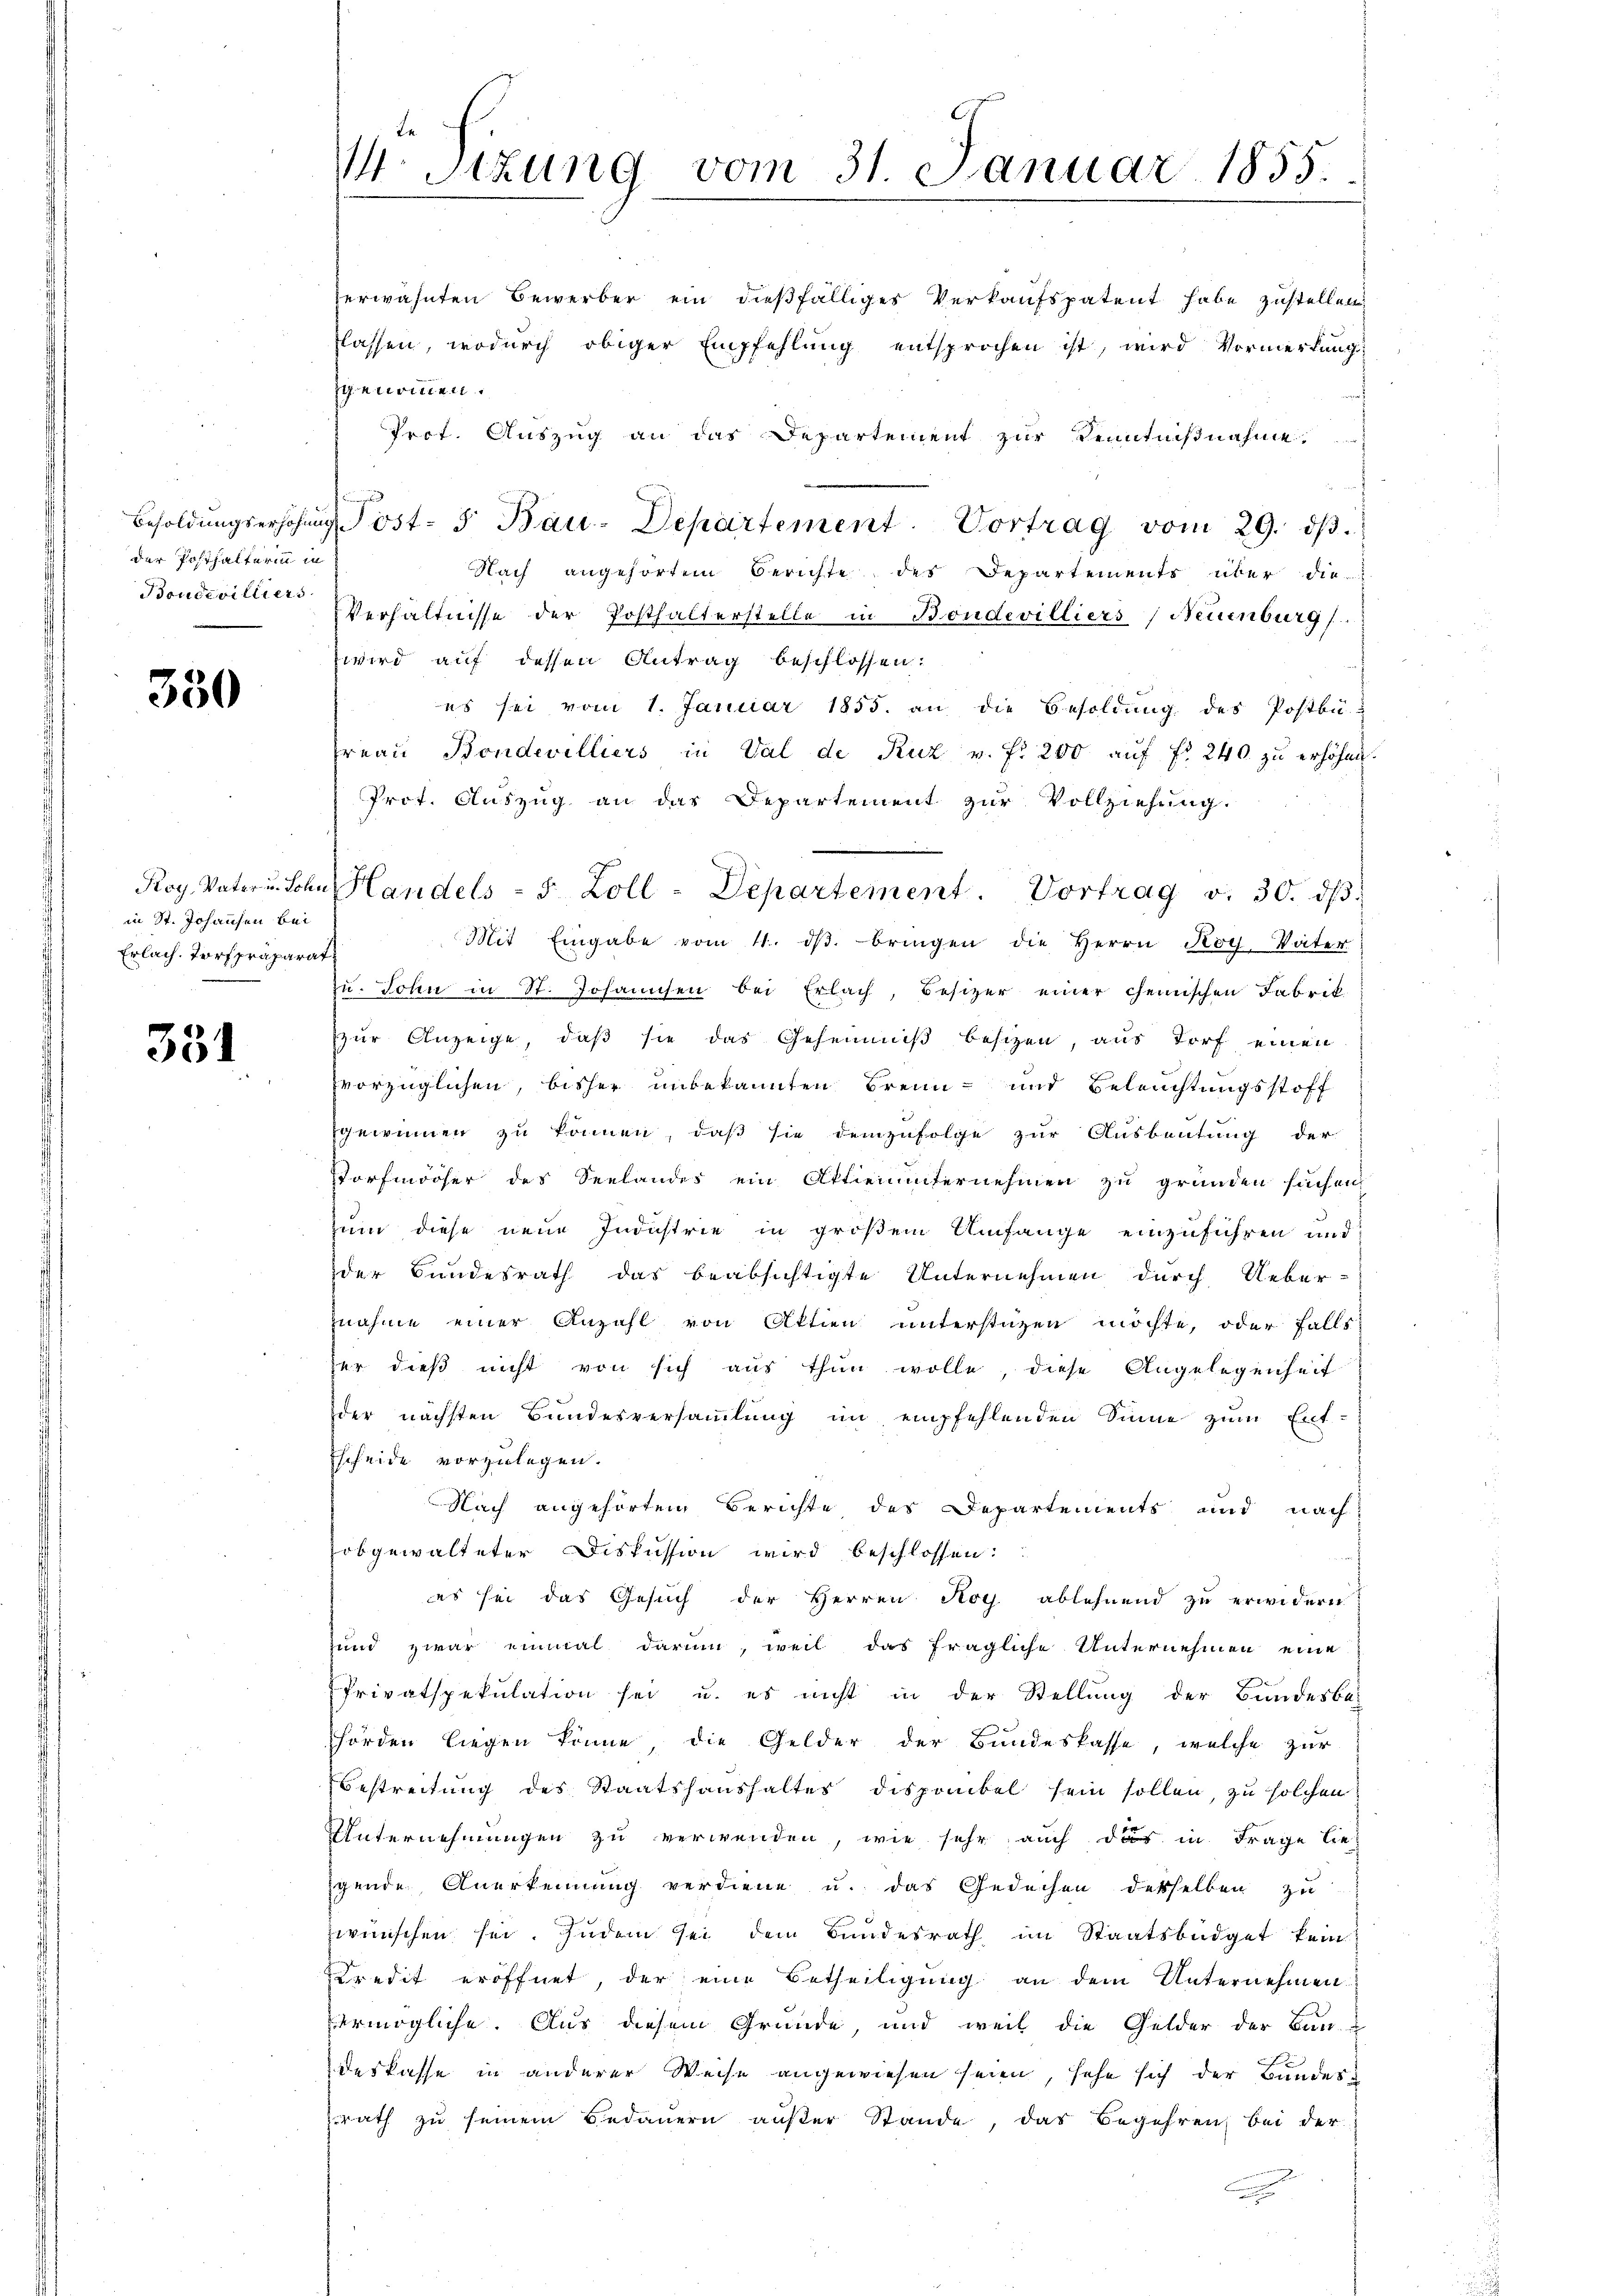
der Posthalterinn in
Boudevilliers.

350

in St. Johansen bei
Erlach, Torfpräparat

351

Sizung vom 31. Januar 1855

herwähnten Bewerber ein dießfälliges Verkaufspatent habe zustellen
flassen, wodurch obiger Empfehlung entsprochen ist, wird Vormerkung
zgenommen.
Prot. Auszug an das Departement zur Kenntnißnahme.
Besoldŭngserhöhung Post- 5 Bau-Departement. Vortrag vom 29. dβ.
Nach angehörtem Berichte des Departements über die
Verhältnisse der Posthalterstelle in Bondevilliers (Neuenburg.
wird auf dessen Antrag beschlossen:
es sei vom 1. Januar 1855. an die Besoldŭng des Postbü-
Freau Bondevilliers in Val de Ruz v. fr. 200 aŭf fr. 240. zŭ erhöhen.
Prot. Auszug an das Departement zur Vollziehung.
Mit Eingabe vom 11. dβ. bringen die Herrn Koy. Vater
zu. John in St. Johannten bei Erlach, Besizer einer chemischen Fabrik
zur Anzeige, daß sie das Geheimniß besizen, aus Torf einen
vorzüglichen, bisher unbekannten Brenn- und Beleuchtungsstoff
gewinnen zu können, daß sie demzufolge zur Ausbeutung der
Torfmooser des Seelandes ein Aktienunternehmen zu gründen sachen
zum diese neue Industrie in großem Umfange einzuführen und
der Bundesrath das beabsichtigte Unternehmen durch Ueber-
znahme einer Anzahl von Aktien unterstüzen möchte, oder Falls
her dieß nicht von sich aus thun wolle, diese Angelegenheit
der nächsten Bundesversammlung im empfehlenden Sinne zum Ent-
Escheide vorzulegen.
Nach angehörten Berichte des Departements und nach
obgewalteter Diskussion wird beschlossen:

es sei das Gesuch der Herren Rog ablehnend zu erwidern
und zwar einmal darum, weil das fragliche Unternehmen eine
Privatspekulation sei u. es nicht in der Stellung der Bundesbe-
hörden liegen könne, die Gelder der Bundeskasse, welche zur
Bestreitung des Staatshaushaltes disponibel sein sollen, zu solchen.
Unternehmungen zu verwenden, wie sehr auch das in Frage lie
gende Anerkennung verdiene u. das Gedachen desselben zu
zwünschen sei. Indem sei dem Bundesrath im Staatsbüdget kein
Kredit eröffnet, der eine Betheiligung an dem Unternehmen
ermögliche. Aus diesem Grunde, und weil die Gelder der Bau-
deskasse in anderer Weise angewiesen seien, sehe sich der Bundes
rath zu seinem Bedauern außer Stande, das Begehren bei der

Roy. Vater u. Sohn Handels- 5 Zoll-Departement. Vortrag v. 30. dβ